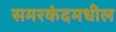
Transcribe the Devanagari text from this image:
समरकंदमधील